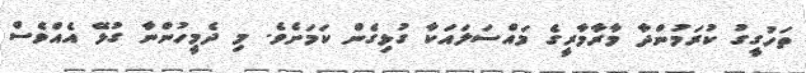
ތަހުގީގު ކުރަމުންދާ މާރާމާރީގެ މައްސަލައަކާ ގުޅިގެން ކަމަށެވެ. މި ދެމީހުންނާ ގުޅޭ އެއްވެސް